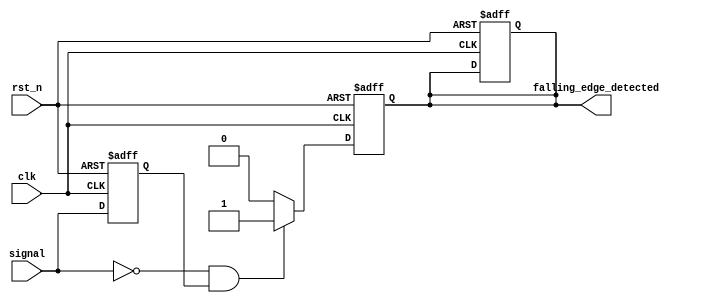
module falling_edge_detector (
    input wire clk,                // System clock
    input wire rst_n,              // Asynchronous active-low reset
    input wire signal,             // Input signal to detect falling edge
    output reg falling_edge_detected // Output pulse for falling edge detection
);

    // Internal signal to hold the previous state of the input signal
    reg previous_signal;

    // Always block to sample the input signal on the rising edge of the clock
    always @(posedge clk or negedge rst_n) begin
        if (!rst_n) begin
            previous_signal <= 1'b0; // Initialize previous signal to 0 on reset
            falling_edge_detected <= 1'b0; // Initialize output to 0 on reset
        end else begin
            previous_signal <= signal; // Capture the current state of the input signal
        end
    end

    // Always block to detect falling edge
    always @(posedge clk or negedge rst_n) begin
        if (!rst_n) begin
            falling_edge_detected <= 1'b0; // Initialize output to 0 on reset
        end else begin
            // Detect falling edge: current signal is 0 and previous signal is 1
            if (signal == 1'b0 && previous_signal == 1'b1) begin
                falling_edge_detected <= 1'b1; // Assert output high for one clock cycle
            end else begin
                falling_edge_detected <= 1'b0; // Reset output to 0 otherwise
            end
        end
    end

endmodule